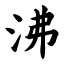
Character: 沸